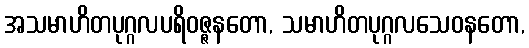
အသမာဟိတပုဂ္ဂလပရိဝဇ္ဇနတော, သမာဟိတပုဂ္ဂလသေဝနတော,